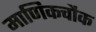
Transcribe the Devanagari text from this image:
माणिकचौक